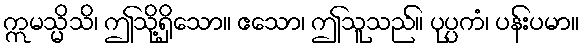
ဣမသ္မိသိ၊ ဤသို့ရှိသော။ ဧသော၊ ဤသူသည်။ ပုပ္ပကံ၊ ပန်းပမာ။